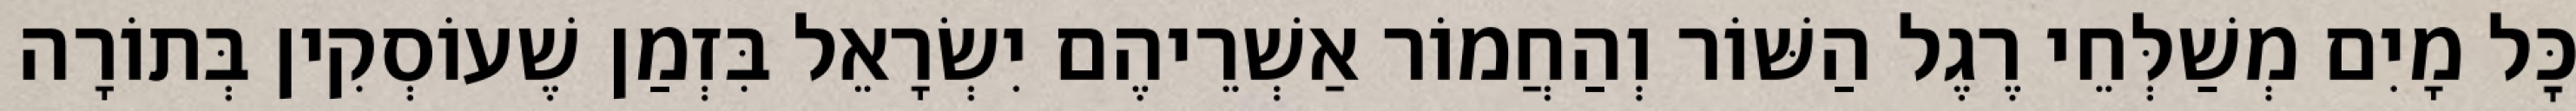
כׇּל מָיִם מְשַׁלְּחֵי רֶגֶל הַשּׁוֹר וְהַחֲמוֹר אַשְׁרֵיהֶם יִשְׂרָאֵל בִּזְמַן שֶׁעוֹסְקִין בְּתוֹרָה